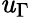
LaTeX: \mathit{u}_{\Gamma}